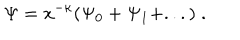
LaTeX: \Psi = x ^ { - \kappa } ( \Psi _ { 0 } + \Psi _ { 1 } + . . . ) \; .